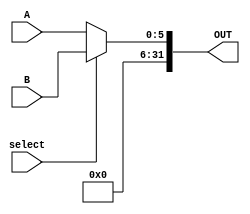
module MUX5bit(
    input [5:0] A,
    input [5:0] B,
    input select,
    output reg [31:0] OUT
    );
       
    always @(*) begin
        if (select == 1'd0 )
            OUT = A;
        else
            OUT = B;
    end
endmodule